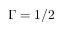
\Gamma = 1 / 2